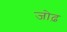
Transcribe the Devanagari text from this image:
जोढ़